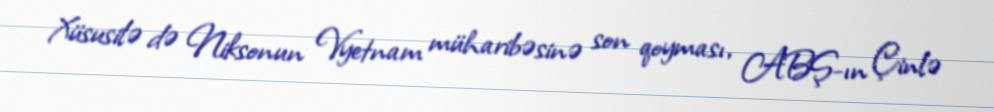
Xüsusilə də Niksonun Vyetnam müharibəsinə son qoyması, ABŞ-ın Çinlə